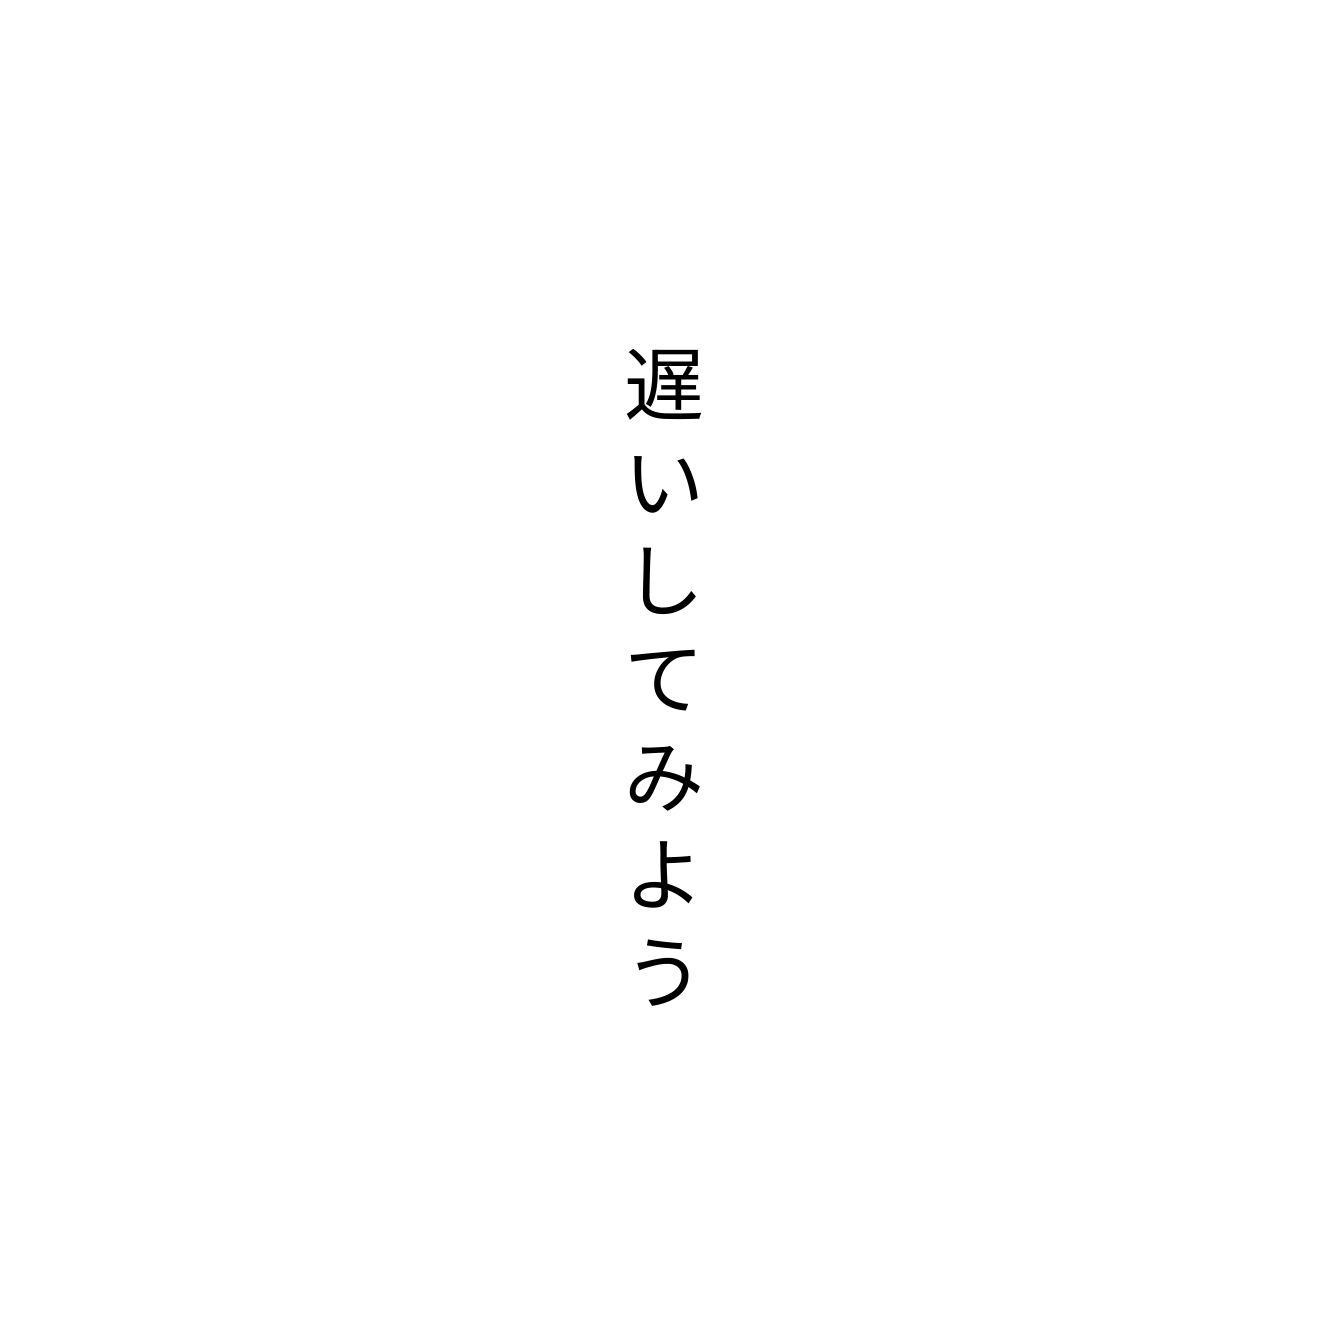
遅いしてみよう